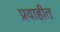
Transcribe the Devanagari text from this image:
प्रवाहीत